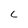
Character: c